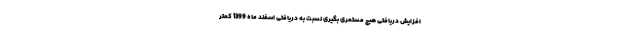
افزایش دریافتی هیچ مستمری بگیری نسبت به دریافتی اسفند ماه 1399 کمتر